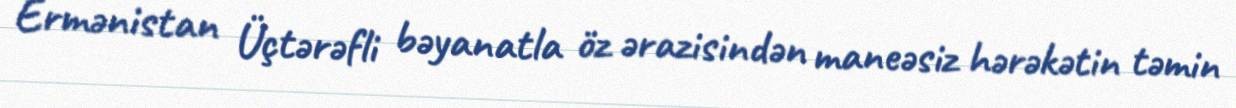
Ermənistan Üçtərəfli bəyanatla öz ərazisindən maneəsiz hərəkətin təmin